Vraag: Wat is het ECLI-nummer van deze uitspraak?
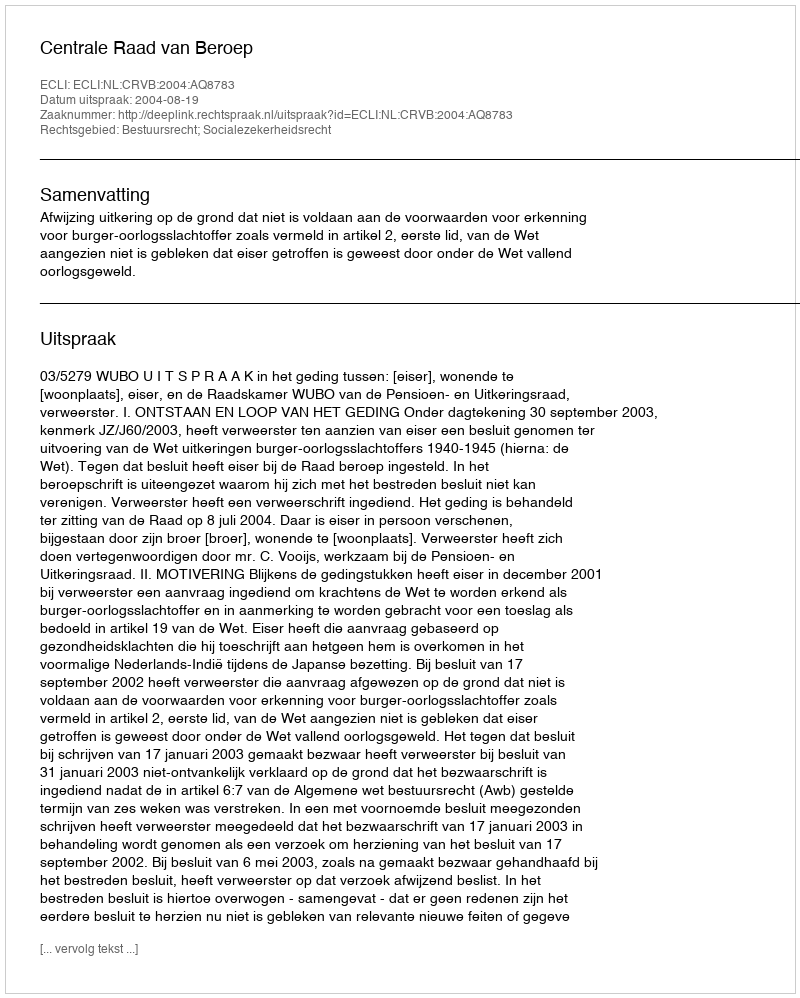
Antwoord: ECLI:NL:CRVB:2004:AQ8783